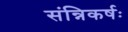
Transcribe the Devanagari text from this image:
संन्निकर्षः